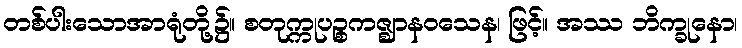
တစ်ပါးသောအာရုံတို့၌။ စတုက္ကုပဉ္စကဇ္ဈာနဝသေန၊ ဖြင့်။ အဿ ဘိက္ခုနော၊